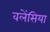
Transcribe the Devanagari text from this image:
वलेंसिया